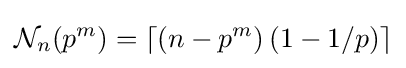
{\mathcal {N}}_{n}(p^{m})=\left\lceil (n-p^{m})\left(1-1/p\right)\right\rceil